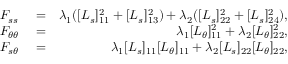
\begin{array} { r l r } { F _ { s s } } & { { } = } & { \lambda _ { 1 } ( [ L _ { s } ] _ { 1 1 } ^ { 2 } + [ L _ { s } ] _ { 1 3 } ^ { 2 } ) + \lambda _ { 2 } ( [ L _ { s } ] _ { 2 2 } ^ { 2 } + [ L _ { s } ] _ { 2 4 } ^ { 2 } ) , } \\ { F _ { \theta \theta } } & { { } = } & { \lambda _ { 1 } [ L _ { \theta } ] _ { 1 1 } ^ { 2 } + \lambda _ { 2 } [ L _ { \theta } ] _ { 2 2 } ^ { 2 } , } \\ { F _ { s \theta } } & { { } = } & { \lambda _ { 1 } [ L _ { s } ] _ { 1 1 } [ L _ { \theta } ] _ { 1 1 } + \lambda _ { 2 } [ L _ { s } ] _ { 2 2 } [ L _ { \theta } ] _ { 2 2 } , } \end{array}